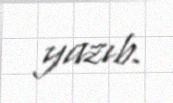
yazıb.